Civil Veterinary Dept. North-West Frontier Province 1901-22 - 1901-1922
Year: 1901
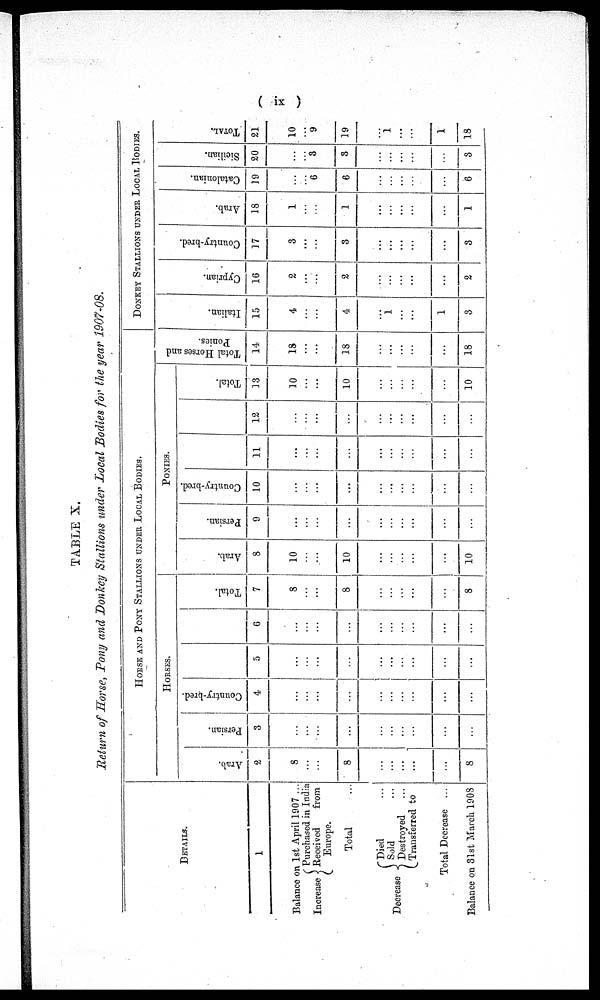
( ix )
TABLE X.
Return of Horse, Pony and Donkey Stallions under Local Bodies for the year 1907-08.
DETAILS.
1
Balance on 1st April 1907 ...
Increase
Purchased in India
Received
from
Europe.
Total ...
Decrease
Died ...
Sold
...
Destroyed ...
Transferred to
Total Decrease ...
Balance on 31st March 1908
HORSE AND PONY STALLIONS UNDER LOCAL BODIES.
HORSES.
Arab.
2
8
...
...
8
...
...
...
...
...
8
Persian.
3
...
...
...
...
...
...
...
...
...
...
Country-bred.
4
...
...
...
...
...
...
...
...
...
...
5
...
...
...
...
...
...
...
...
...
...
6
...
...
...
...
...
...
...
...
...
...
Total.
7
8
...
...
8
...
...
...
...
...
8
PONIES.
Arab.
8
10
...
...
10
...
...
...
...
...
10
Persian.
9
...
...
...
...
...
...
...
...
...
...
Country-bred.
10
...
...
...
...
...
...
...
...
...
...
11
...
...
...
...
...
...
...
...
...
...
12
...
...
...
...
...
...
...
...
...
...
Total.
13
10
...
...
10
...
...
...
...
...
10
Total Horses and
Ponies.
14
18
...
...
18
...
...
...
...
...
18
DONKEY STALLIONS UNDER LOCAL BODIES.
I t al i an.
15
4
...
...
4
...
1
...
...
1
3
Cypr i
an.
16
2
...
...
2
...
...
...
...
...
2
Count r
y- br ed.
17
3
...
...
3
...
...
...
...
...
3
Ar ab.
18
1
...
...
1
...
...
...
...
...
1
Cat al oni an.
19
...
...
6
6
...
...
...
...
...
6
Si ci l i an.
20
...
...
3
3
...
...
...
...
...
3
TOTAL.
21
10
...
9
19
...
1
...
...
1
18